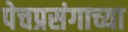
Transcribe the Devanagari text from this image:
पेचप्रसंगाच्या